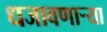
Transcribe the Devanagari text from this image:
धजावणाऱ्या